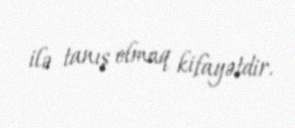
ilə tanış olmaq kifayətdir.